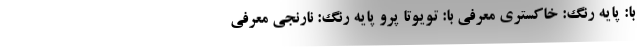
با: پایه رنگ: خاکستری معرفی با: تویوتا پرو پایه رنگ: نارنجی معرفی